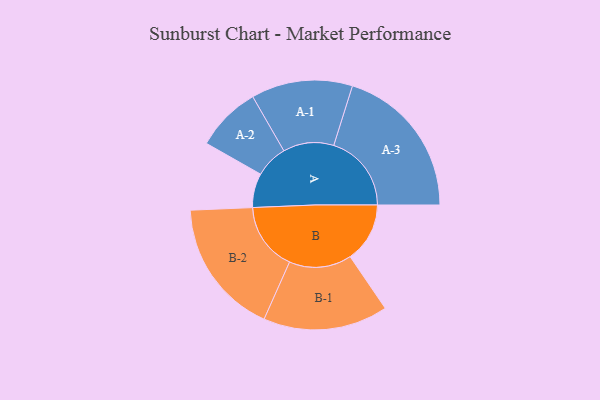
{"axis": {"x": "Segment", "y": "Value"}, "legend": ["", "A", "B"], "data": [{"x": "A", "y": 114, "type": ""}, {"x": "B", "y": 199, "type": ""}, {"x": "A-1", "y": 169, "type": "A"}, {"x": "A-2", "y": 109, "type": "A"}, {"x": "A-3", "y": 259, "type": "A"}, {"x": "B-1", "y": 208, "type": "B"}, {"x": "B-2", "y": 227, "type": "B"}]}